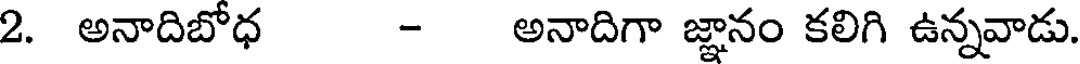
2. అనాదిబోధ - అనాదిగా జ్ఞానం కలిగి ఉన్నవాడు.